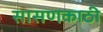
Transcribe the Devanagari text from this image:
सासणकाठी